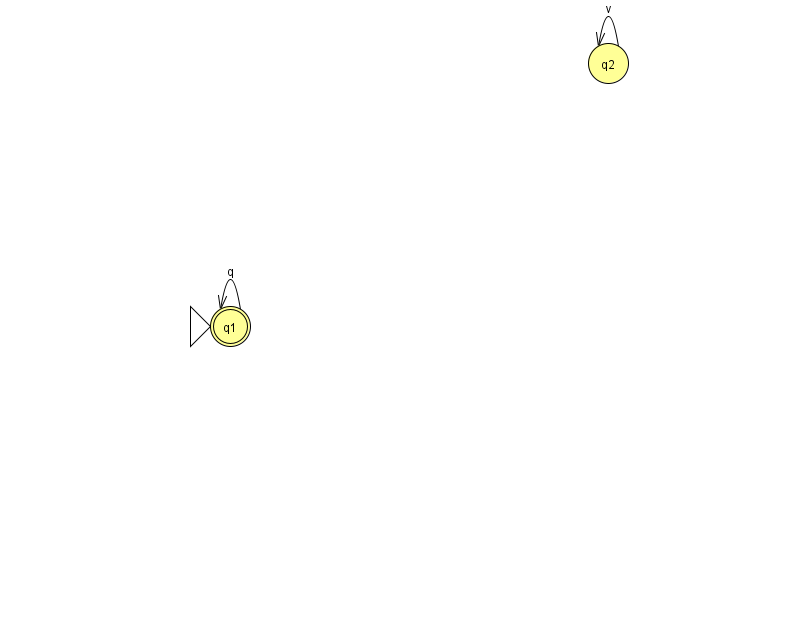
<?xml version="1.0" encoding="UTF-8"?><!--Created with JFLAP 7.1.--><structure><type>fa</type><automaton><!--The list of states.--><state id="1" name="q1"><x>230.0</x><y>313.0</y><initial/><final/></state><state id="2" name="q2"><x>608.0</x><y>50.0</y></state><!--The list of transitions.--><transition><from>1</from><to>1</to><read>q</read></transition><transition><from>2</from><to>2</to><read>v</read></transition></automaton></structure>